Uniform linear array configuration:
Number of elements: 64
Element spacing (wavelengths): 0.5
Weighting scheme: hamming
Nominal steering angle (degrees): -45
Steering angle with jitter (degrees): -46.554
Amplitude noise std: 0.05
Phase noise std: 0.05

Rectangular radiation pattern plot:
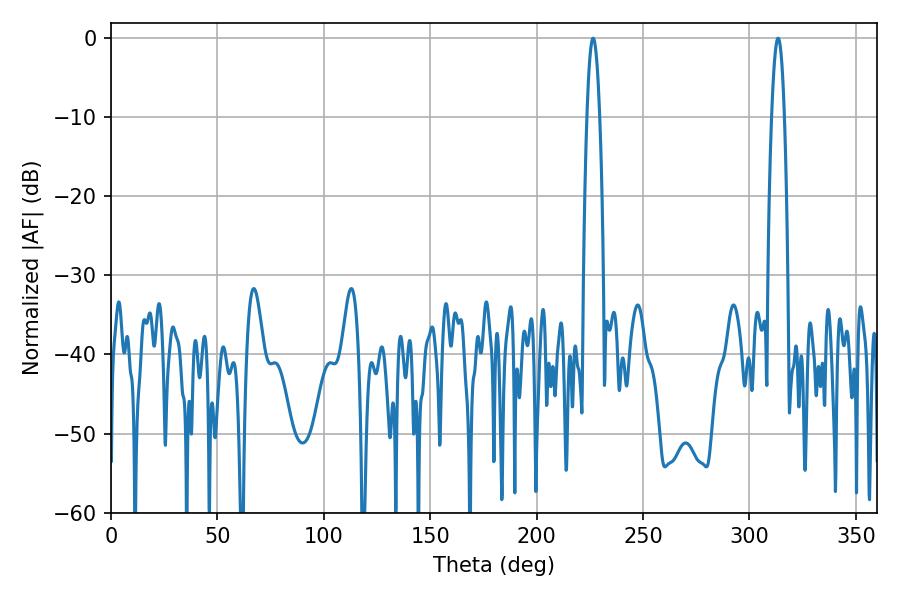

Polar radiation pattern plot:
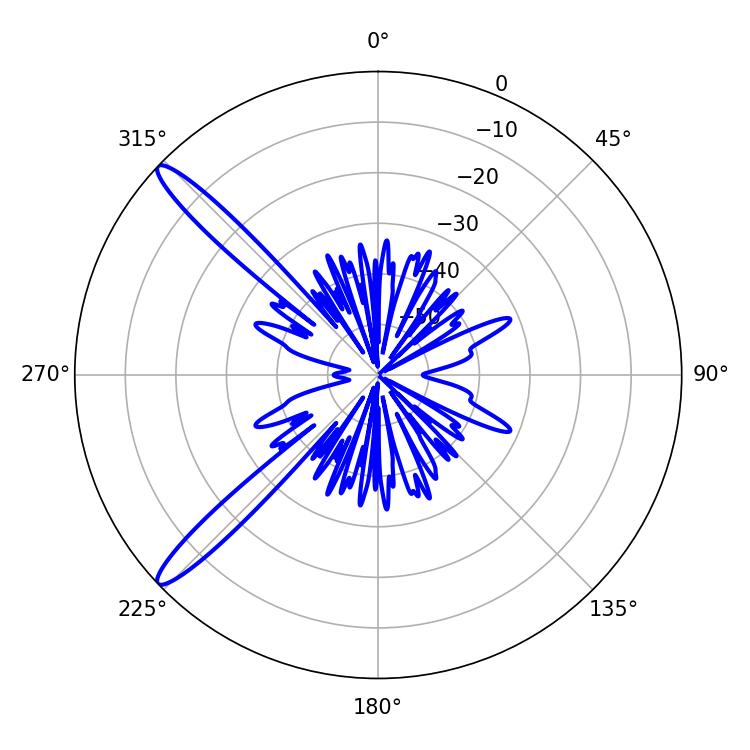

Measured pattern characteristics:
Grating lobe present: FALSE
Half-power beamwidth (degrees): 3.24
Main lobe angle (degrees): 226.62